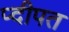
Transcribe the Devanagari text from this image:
प्दीपत